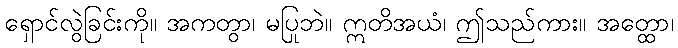
ရှောင်လွဲခြင်းကို။ အကတွာ၊ မပြုဘဲ။ ဣတိအယံ၊ ဤသည်ကား။ အတ္ထော၊